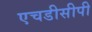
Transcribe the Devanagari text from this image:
एचडीसीपी